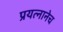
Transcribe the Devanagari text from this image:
प्रयत्नानेच